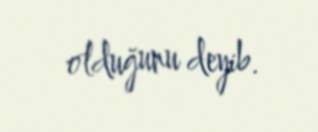
olduğunu deyib.